NAE_ERA_R-2324_Eesti_Vabariigi_Pohiseaduslik_Assamblee, lk 36
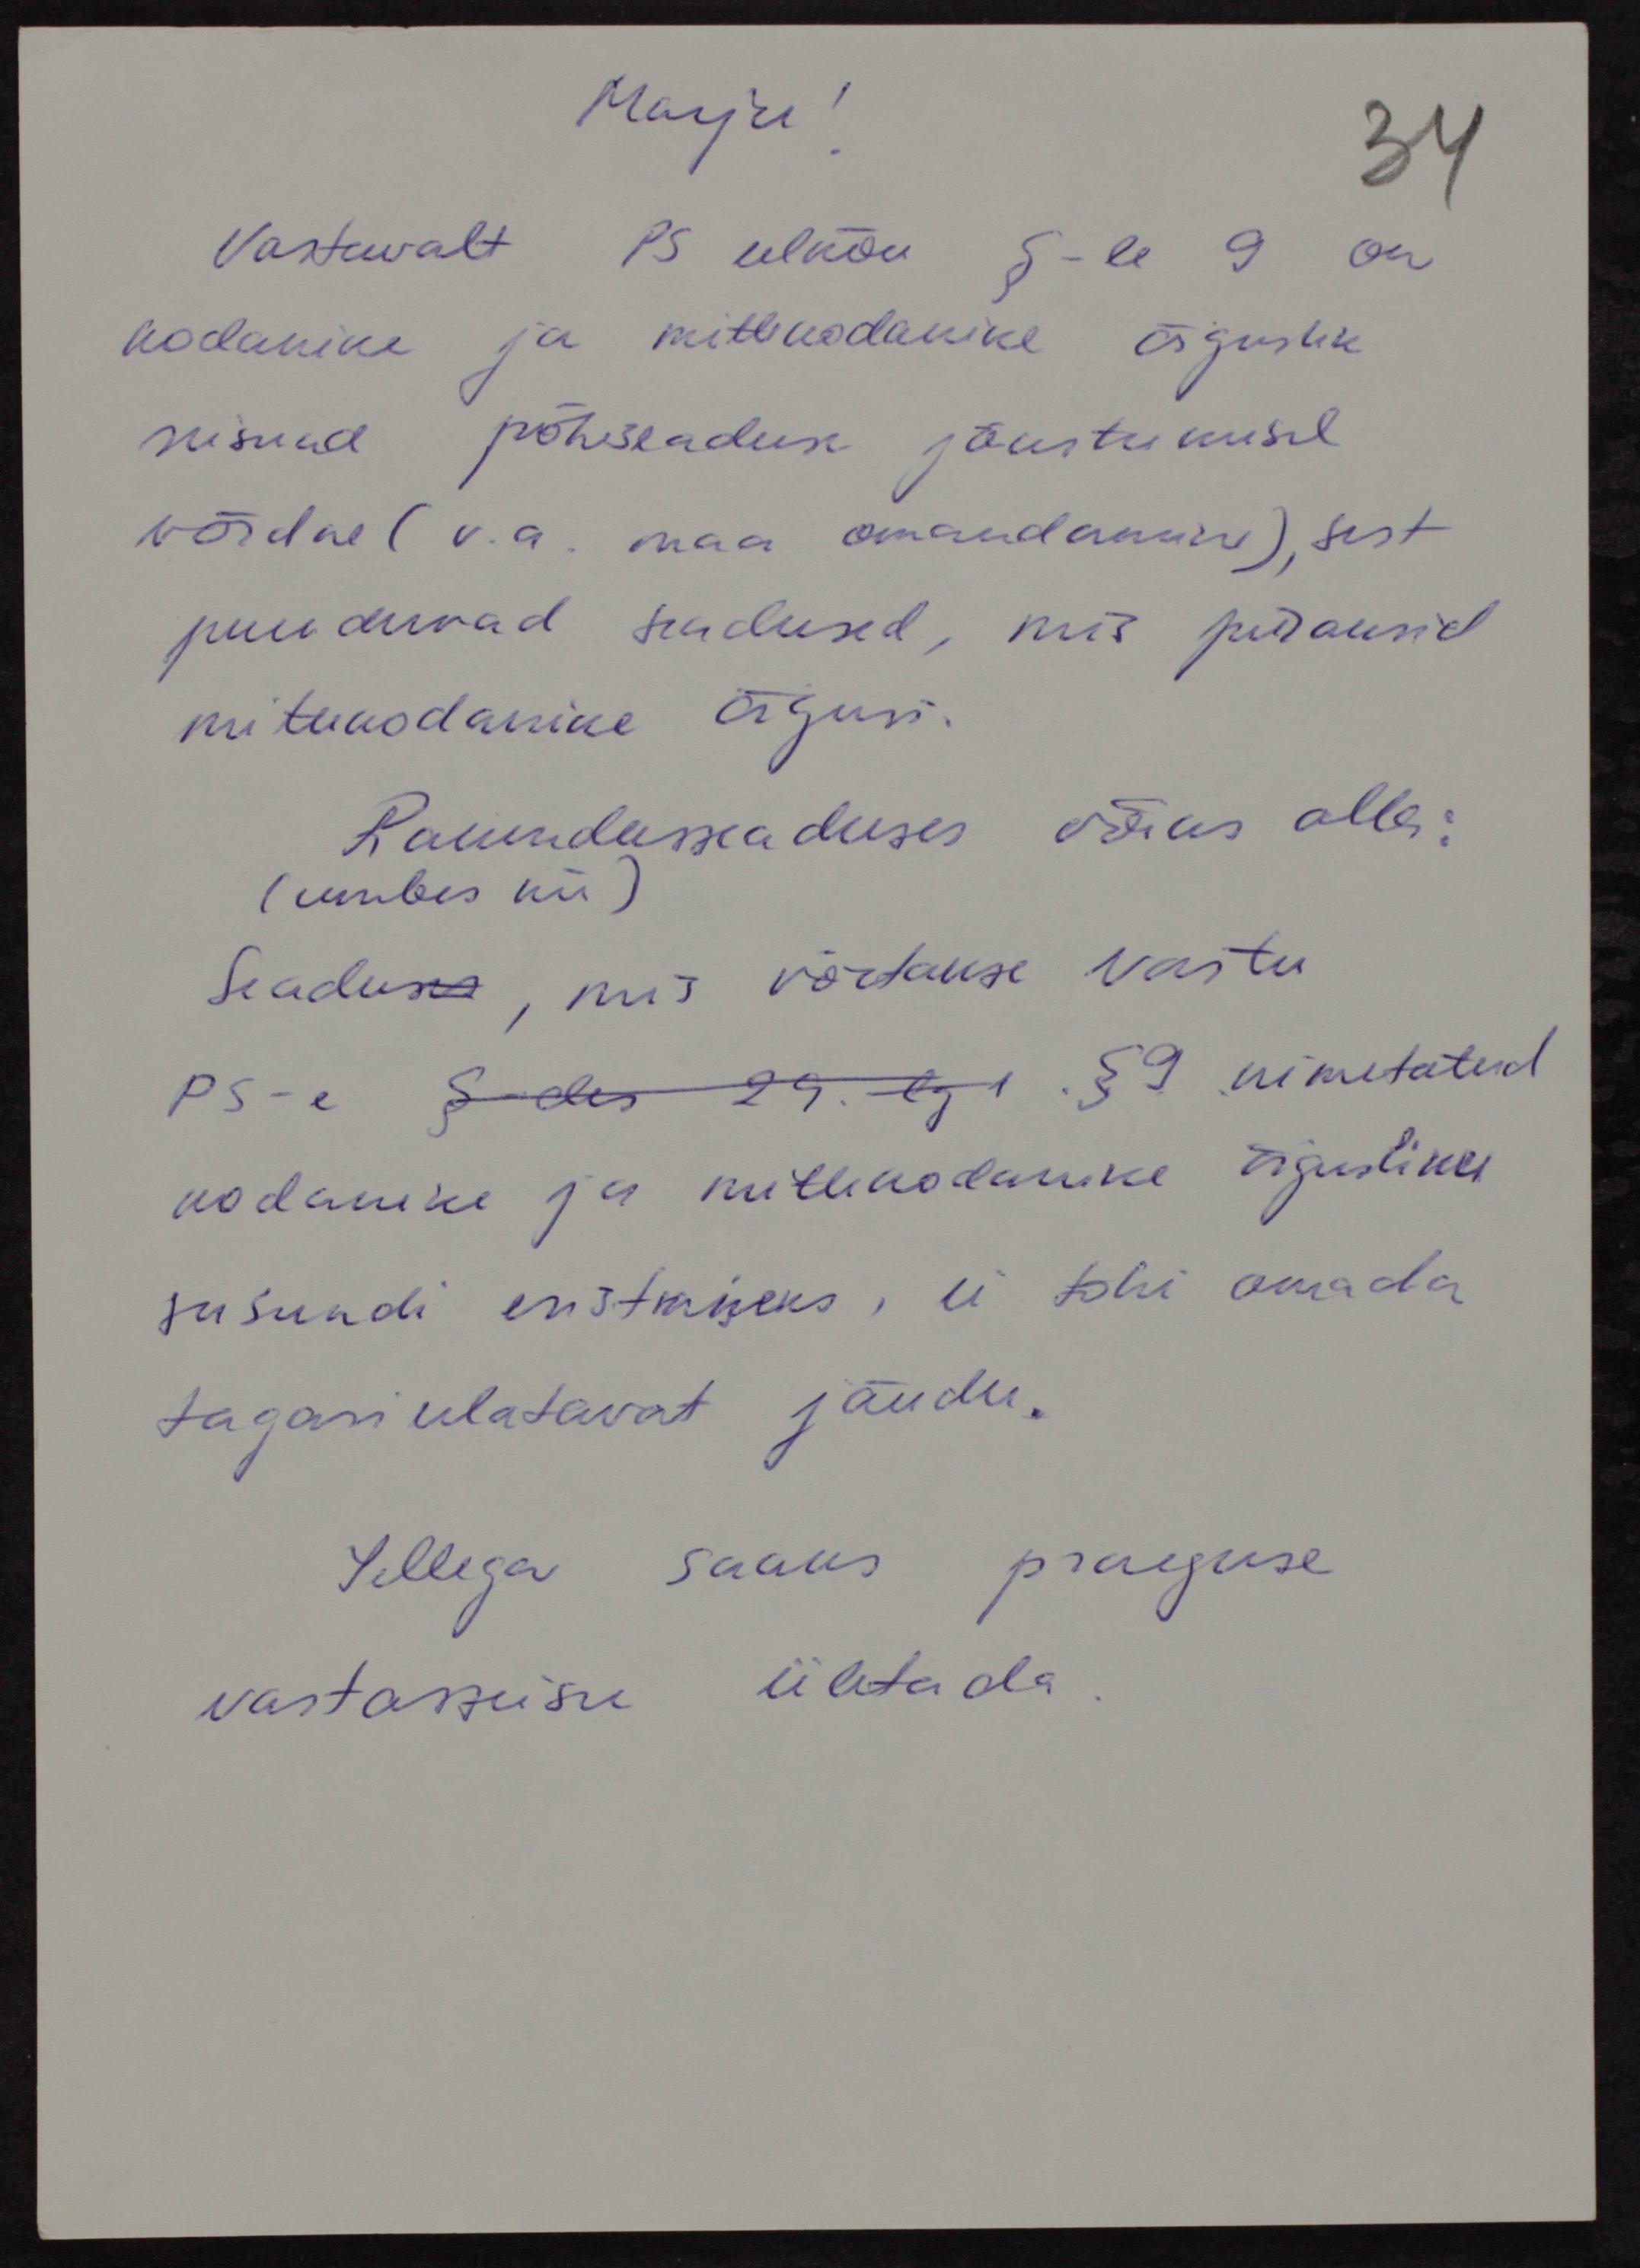
Marju!
Vastavalt PS eelnõu §-le 9 on
kodanike ja mittekodanike õiguslik
seisund põhiseaduse jõustumisel
võrdne (v.a. maa omandamine), sest
puuduvad seadused, mis piiraksid
mittekodanike õigusi.
Rakendusseaduses võiks olla:
(umbes nii)
Seaduses, mis võetakse vastu
PS-e § des 29. lg 1.  §9 nimetatud
kodanike ja mittekodanike õigusliku
seisundi eristmiseks, ei tohi omada
tagasiulatavat jõudu.
Sellega saaks praeguse
vastasseisu ületada